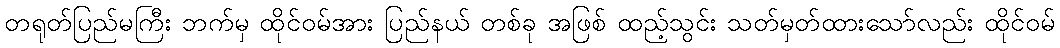
တရုတ်ပြည်မကြီး ဘက်မှ ထိုင်ဝမ်အား ပြည်နယ် တစ်ခု အဖြစ် ထည့်သွင်း သတ်မှတ်ထားသော်လည်း ထိုင်ဝမ်